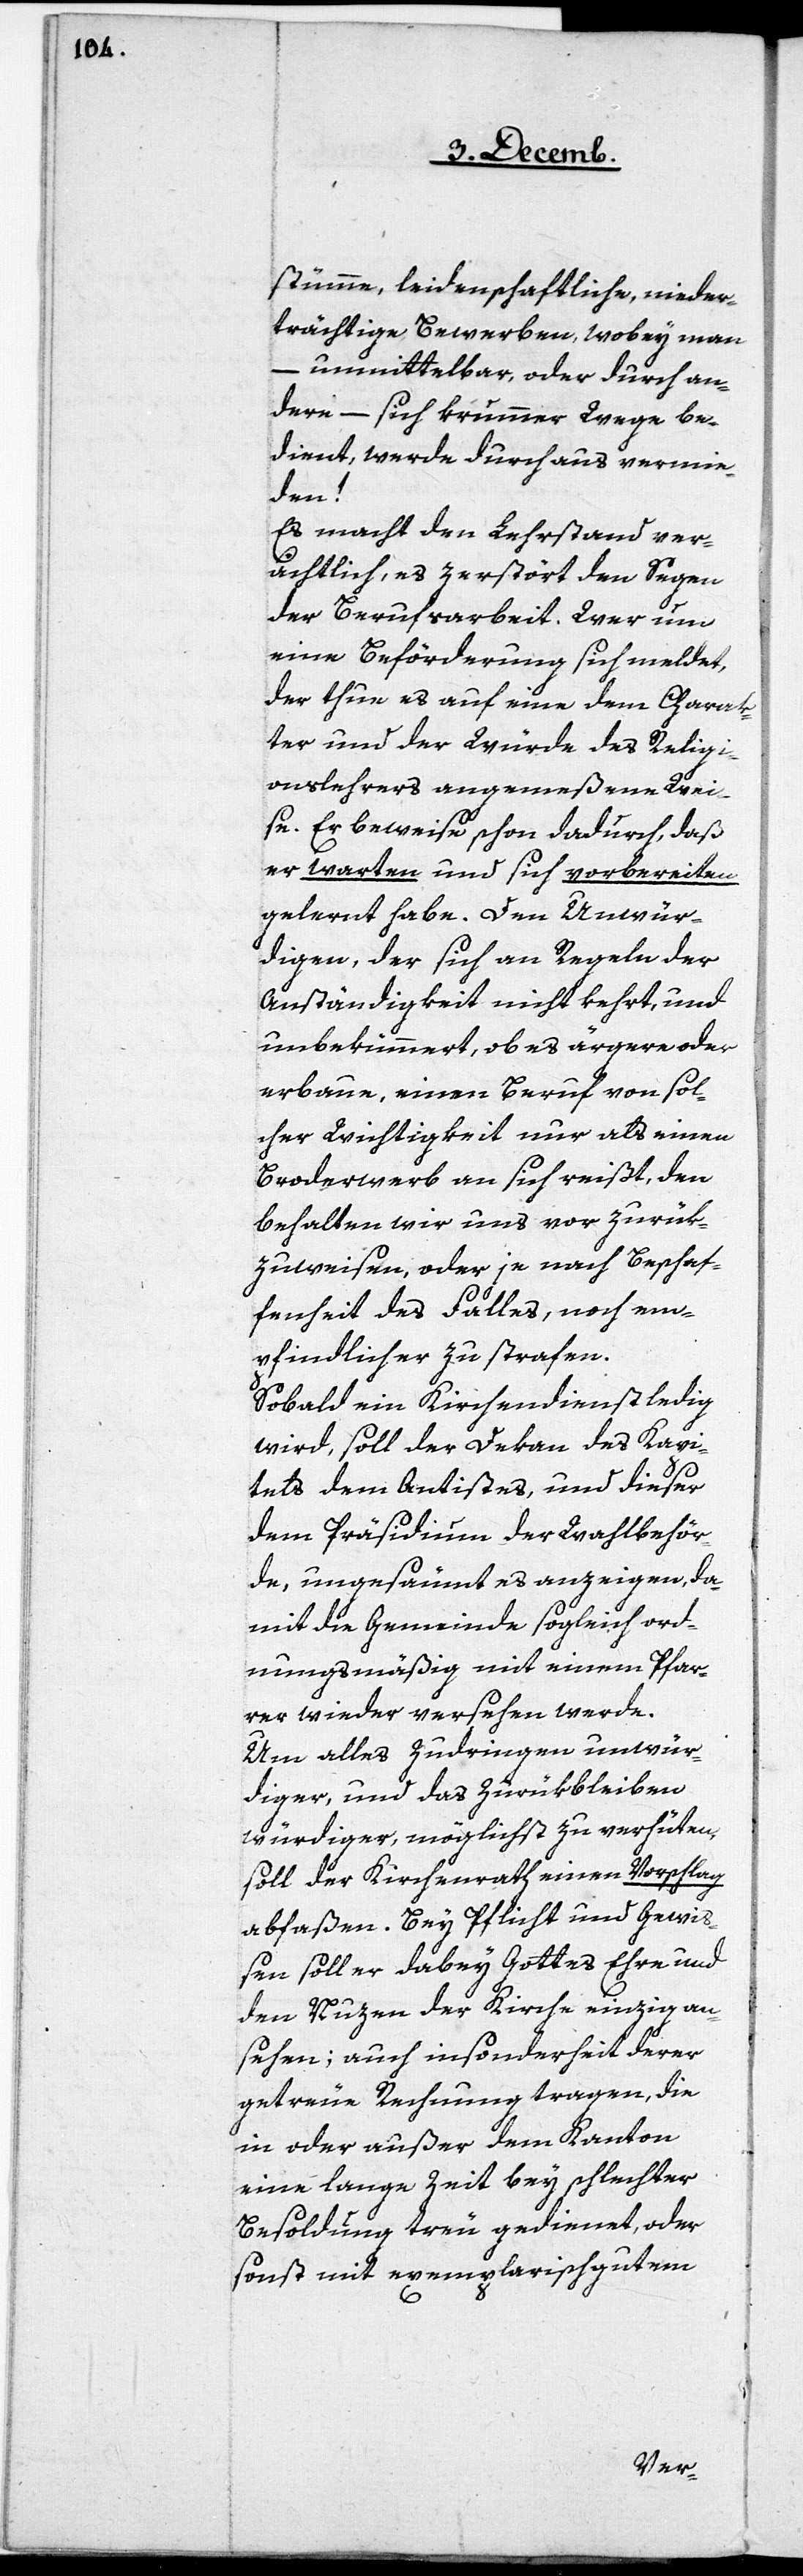
stümme, leidenschaftliche, nieder¬
trächtige Bewerben, wobey man
– unmittelbar, oder durch an¬
dere – sich krummer Wege be¬
dient, werde durchaus vermie¬
den!
Es macht den Lehrstand ver¬
ächtlich, es zerstört den Segen
der Berufsarbeit. Wer um
eine Beförderung sich meldet,
der thue es auf eine dem Charak¬
ter und der Würde des Religi¬
onslehrers angemeßene Wei¬
se. Er beweise schon dadurch, daß
er warten und sich vorbereiten
gelernt habe. Den Unwür¬
digen, der sich an Regeln der
Anständigkeit nicht kehrt, und
unbekümmert, ob es ärgere oder
erbaue, einen Beruf von sol¬
cher Wichtigkeit nur als einen
Broderwerb an sich reißt, den
behalten wir uns vor zurük¬
zuweisen, oder je nach Beschaf¬
fenheit des Falles, noch em¬
pfindlicher zu strafen.
Sobald ein Kirchendienst ledig
wird, soll der Dekan des Kapi¬
tels dem Antistes, und dieser
dem Präsidium der Wahlbehör¬
de, ungesäumt es anzeigen, da¬
mit die Gemeinde sogleich ord¬
nungsmäßig mit einem Pfar¬
rer wieder versehen werde.
Um alles Zudringen unwür¬
diger, und das Zurükbleiben
würdiger, möglichst zu verhüten,
soll der Kirchenrath einen Vorschlag
abfaßen. Bey Pflicht und Gewiß¬
en soll er dabey Gottes Ehre und
den Nuzen der Kirche einzig an¬
sehen; auch insonderheit derer
getreue Rechnung tragen, die
in oder außer dem Kanton
eine lange Zeit bey schlechter
Besoldung treu gedienet, oder
sonst mit exemplarisch gutem